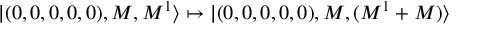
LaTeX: | ( 0 , 0 , 0 , 0 , 0 ) , M , M ^ { 1 } \rangle \mapsto | ( 0 , 0 , 0 , 0 , 0 ) , M , ( M ^ { 1 } + M ) \rangle